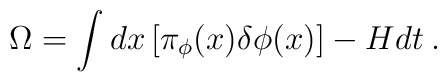
\Omega=\int dx \left[\pi_{\phi}(x)\delta \phi(x)\right]-Hdt\>.